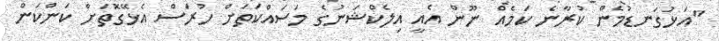
"އަޅުގަނޑުމެން ކުރާނެ ކަމެއް ނޫން އެއީ އިލެކްޝަނުގެ މަސައްކަތަށް ހުރަސް އެޅޭގޮތަށް ކަންކަން